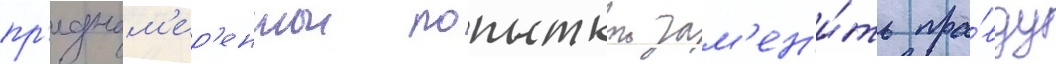
пр'еднам'ер'еннои попыткои зам'ен'и́ть пра́вду